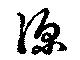
深